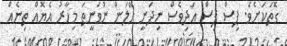
ގޮތަކަށެވެ. ޕިސް ޕިސް އަދިވެސް ނިދަނީ ހޭލަން ނުވަނީތަ މިހާރު އެޔޮއް ތިނެއް